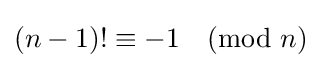
(n-1)!\equiv -1{\pmod {n}}